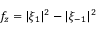
f _ { z } = | \xi _ { 1 } | ^ { 2 } - | \xi _ { - 1 } | ^ { 2 }